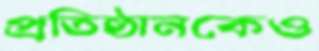
প্রতিষ্ঠানকেও